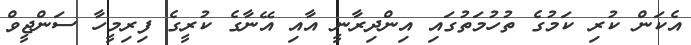
އެކަން ކުރި ކަމުގެ ތުހުމަތުގައި އިންދިރާނީ އާއި އޭނާގެ ކުރީގެ ފިރިމީހާ ސަންޖީވް